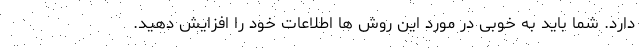
دارد. شما باید به خوبی در مورد این روش ها اطلاعات خود را افزایش دهید.